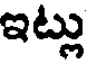
ఇట్లు